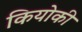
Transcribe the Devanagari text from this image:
कियोकी